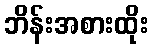
ဘိန်းအစားထိုး